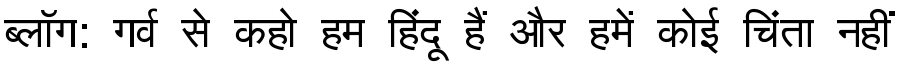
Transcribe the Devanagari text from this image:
ब्लॉग: गर्व से कहो हम हिंदू हैं और हमें कोई चिंता नहीं